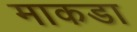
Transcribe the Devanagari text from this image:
माकडा